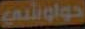
حواوشي